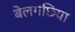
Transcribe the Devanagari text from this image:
बेलगछिया